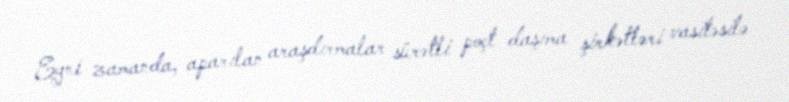
Eyni zamanda, aparılan araşdırmalar sürətli poçt daşıma şirkətləri vasitəsilə